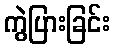
ကွဲပြားခြင်း